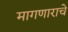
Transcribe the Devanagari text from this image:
मागणाराचे